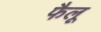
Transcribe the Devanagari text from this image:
फैलू